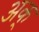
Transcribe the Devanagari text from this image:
अक्